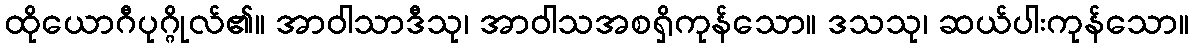
ထိုယောဂီပုဂ္ဂိုလ်၏။ အာဝါသာဒီသု၊ အာဝါသအစရှိကုန်သော။ ဒသသု၊ ဆယ်ပါးကုန်သော။